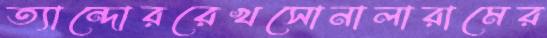
ত্যান্দোররেখসোনালারামের